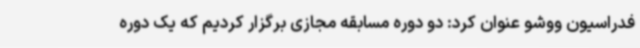
فدراسیون ووشو عنوان کرد: دو دوره مسابقه مجازی برگزار کردیم که یک دوره